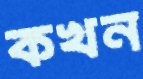
কখন